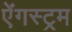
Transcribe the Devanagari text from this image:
ऐंगस्ट्रम